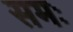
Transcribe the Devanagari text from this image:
समः